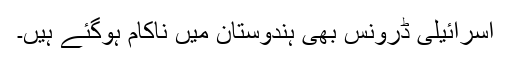
اسرائیلی ڈرونس بھی ہندوستان میں ناکام ہوگئے ہیں۔